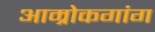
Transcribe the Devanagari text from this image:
आम्रोकगांग